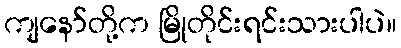
ကျနော်တို့က မြိုတိုင်းရင်းသားပါပဲ။